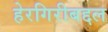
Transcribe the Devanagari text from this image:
हेरगिरीबद्दल